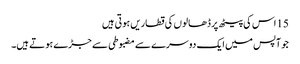
15 اس کی پیٹھ پر ڈھالو ں کی قطاریں ہو تی ہیں
جو آپس میں ایک دوسرے سے مضبوطی سے جڑے ہو تے ہیں۔